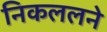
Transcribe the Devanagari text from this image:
निकललने